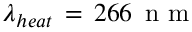
\lambda _ { h e a t } \, = \, 2 6 6 \, \mathrm { ~ n ~ m ~ }